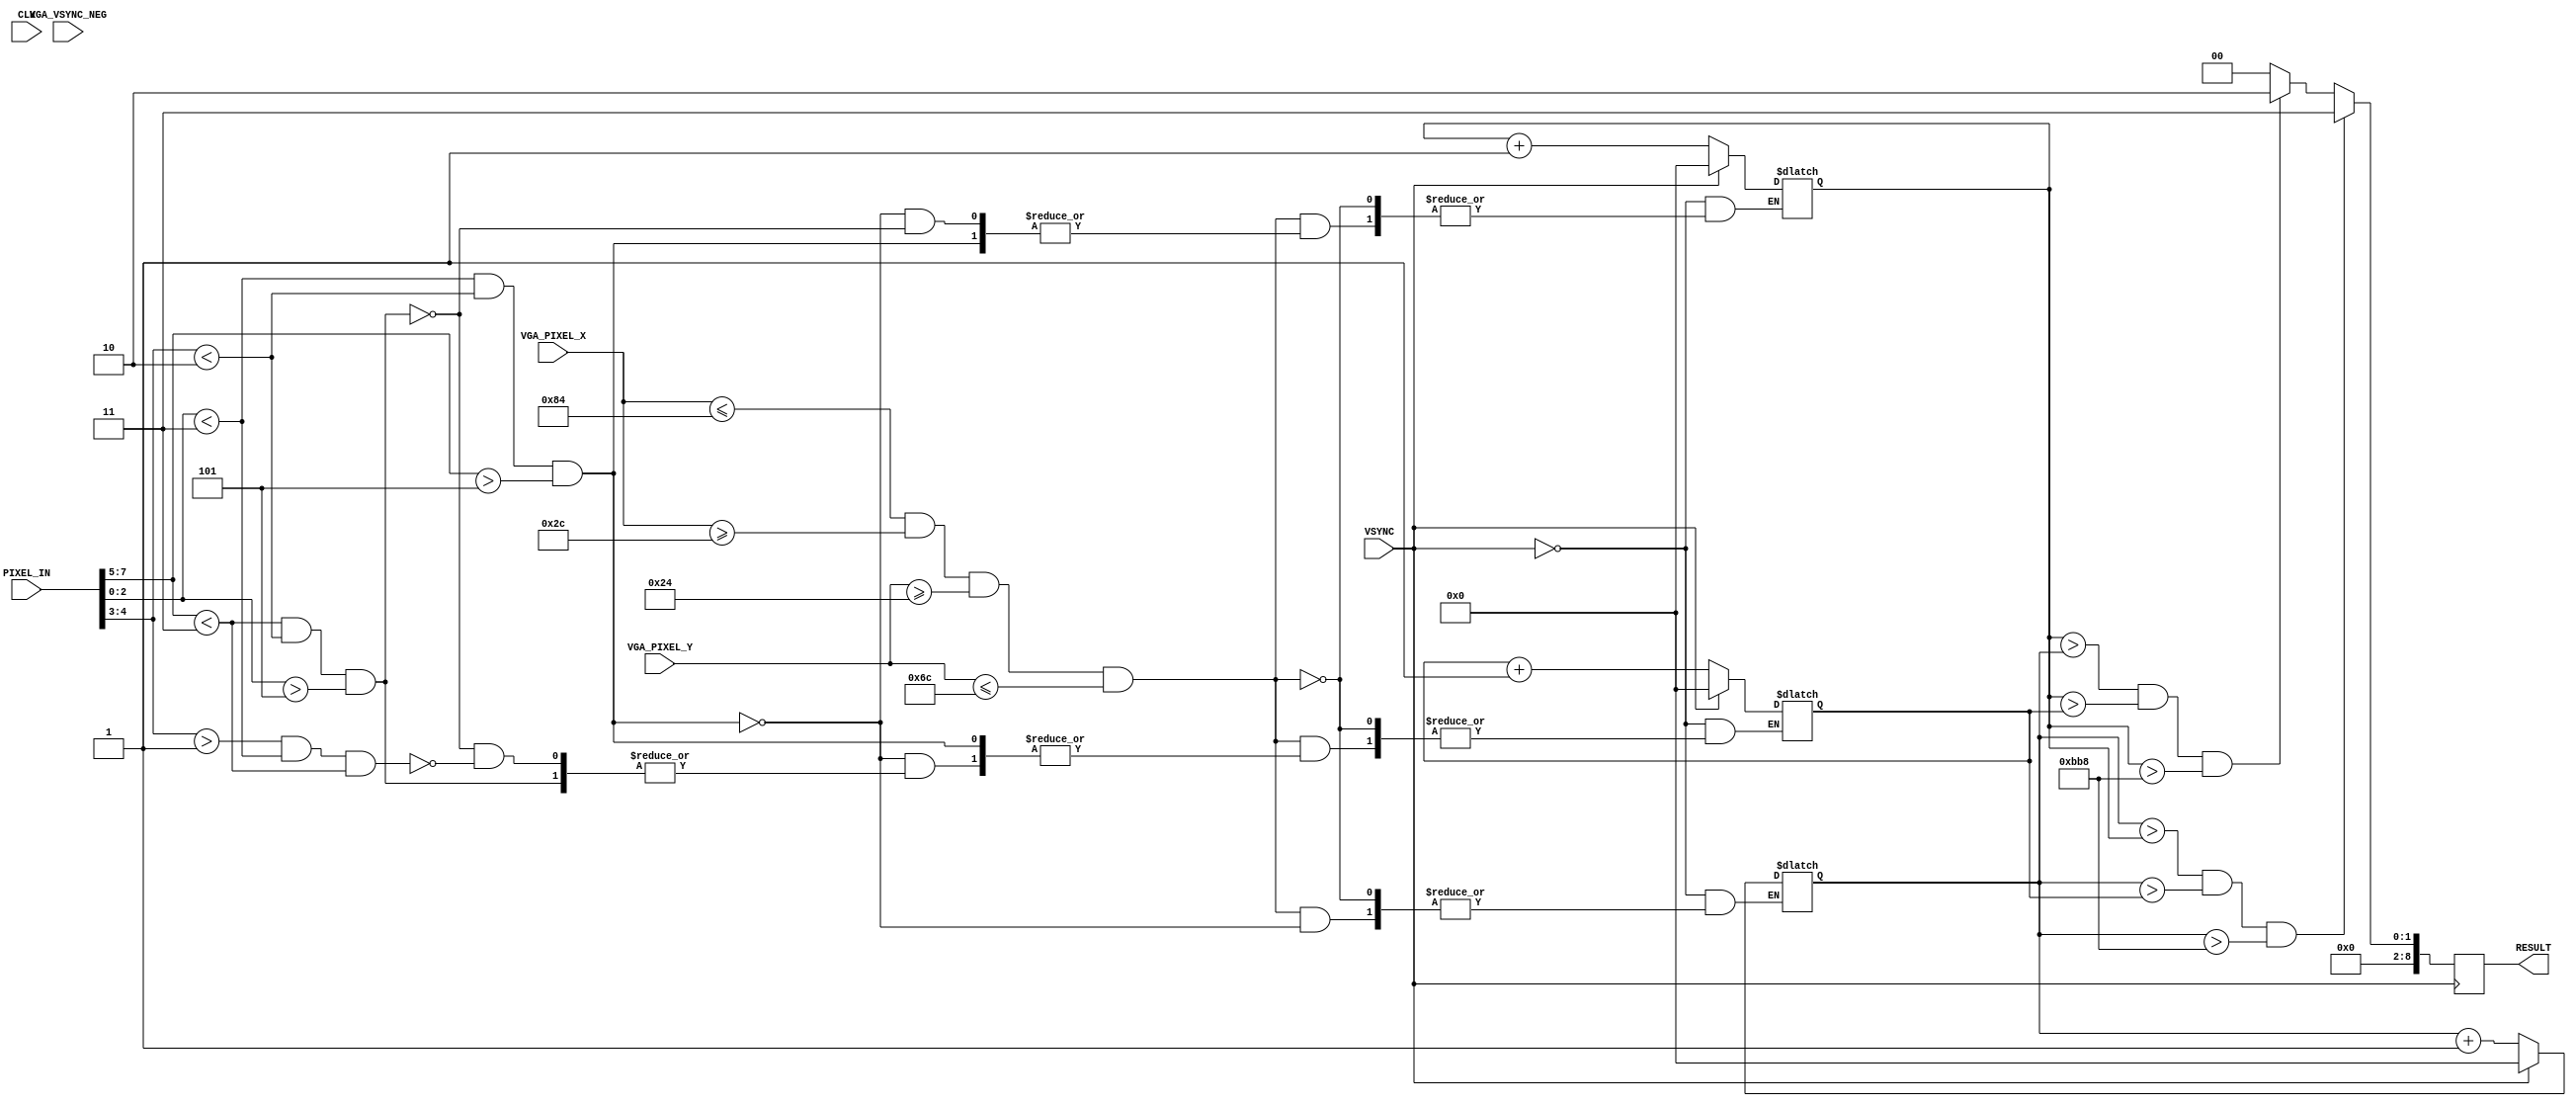
`define SCREEN_WIDTH 176
`define SCREEN_HEIGHT 144
`define NUM_BARS 3
`define BAR_HEIGHT 48

module IMAGE_PROCESSOR (
	PIXEL_IN,
	CLK,
	VGA_PIXEL_X,
	VGA_PIXEL_Y,
	VGA_VSYNC_NEG,
	VSYNC,
	RESULT
);


//=======================================================
//  PORT declarations
//=======================================================
input	[7:0]	PIXEL_IN;
input 		CLK;

input [9:0] VGA_PIXEL_X;
input [9:0] VGA_PIXEL_Y;
input			VGA_VSYNC_NEG;
input VSYNC;

output [8:0] RESULT;
reg  [8:0] res;

localparam RED = 8'b111_000_00;
localparam GREEN = 8'b000_11_00;
localparam BLUE = 8'b000_001_11;
localparam [15:0] red_thresh = 16'd3000;
localparam [15:0] blue_thresh = 16'd3000;

wire [2:0] red_comp;
wire [2:0] blue_comp;
wire [1:0] green_comp;

assign red_comp = PIXEL_IN[7:5];
assign green_comp = PIXEL_IN[4:3];
assign blue_comp = PIXEL_IN[2:0];
assign RESULT = res;

reg [15:0] temp_blue = 16'b0;
reg [15:0] temp_red = 16'b0;
reg [15:0] temp_green = 16'b0;

always @ ( posedge VSYNC ) begin
	if (temp_red > temp_blue && temp_red > temp_green && temp_red > red_thresh) 
		res <= 9'd3;
	else if (temp_blue > temp_red && temp_blue > temp_green && temp_blue > blue_thresh)
		res <= 9'd2;
	else
		res <= 9'd0;
end

always @ (VGA_PIXEL_X, VGA_PIXEL_Y, VSYNC) begin
	if (VSYNC) begin
		temp_blue <= 16'b0;
		temp_red <= 16'b0;
		temp_green <= 16'b0;
	end
	else if (VGA_PIXEL_X <= 132 && VGA_PIXEL_X >= 44 && VGA_PIXEL_Y >= 36 && VGA_PIXEL_Y <= 108) begin
		if ( (blue_comp < 3'd3) && (green_comp < 2'd2) && (red_comp > 3'd5) ) begin
			temp_red <= temp_red + 1;
			temp_blue <= temp_blue;
			temp_green <= temp_green;
		end
		else if ( (red_comp < 3'd3) && (green_comp < 2'd2) && (blue_comp > 3'd5) ) begin
			temp_blue <= temp_blue + 1;
			temp_red <= temp_red;
			temp_green <= temp_green;
		end
		else if ( (green_comp > 2'd1) && (blue_comp < 3'd3) && (red_comp < 3'd3) ) begin
			temp_green <= temp_green + 1;
			temp_blue <= temp_blue;
			temp_red <= temp_red;
		end
		else begin
			temp_red <= temp_red;
			temp_blue <= temp_blue;
			temp_green <= temp_green;
		end
	end
end


endmodule